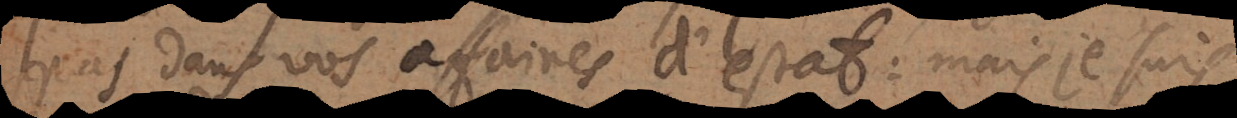
pas dans vos affaires d’estat: mais je suis